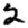
Digit: 2